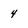
Character: 4